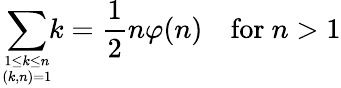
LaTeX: \sum_{1\leq k\leq n\atop(k,n)=1}\! \! k={\frac{1}{2}}n\varphi(n)\quad{\mathrm{for~}}n>1